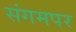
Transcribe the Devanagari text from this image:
संगमपर